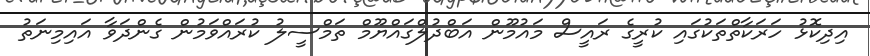
އިދިކޮޅު ހަރަކާތްތަކުގައި ކުރީގެ ރައީސް މައުމޫން އަބްދުލްގައްޔޫމް ތަމްސީލު ކުރައްވަމުން ގެންދަވާ އައިމިނަތު